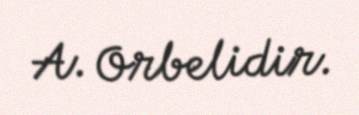
A. Orbelidir.